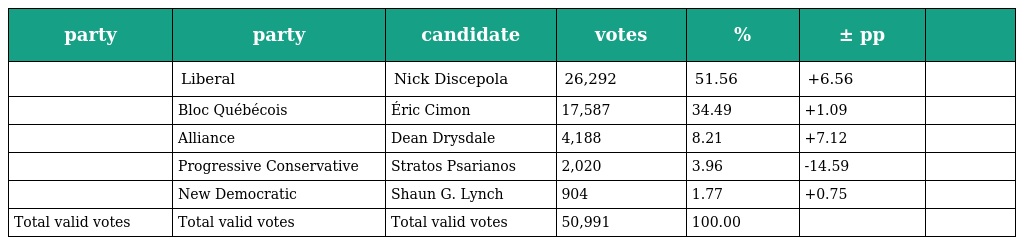
| party | party | candidate | votes | % | ± pp |  |
 | --- | --- | --- | --- | --- | --- | --- |
 |  | Liberal | Nick Discepola | 26,292 | 51.56 | +6.56 |  |
 |  | Bloc Québécois | Éric Cimon | 17,587 | 34.49 | +1.09 |  |
 |  | Alliance | Dean Drysdale | 4,188 | 8.21 | +7.12 |  |
 |  | Progressive Conservative | Stratos Psarianos | 2,020 | 3.96 | -14.59 |  |
 |  | New Democratic | Shaun G. Lynch | 904 | 1.77 | +0.75 |  |
 | Total valid votes | Total valid votes | Total valid votes | 50,991 | 100.00 |  |  |